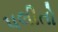
પલીતો